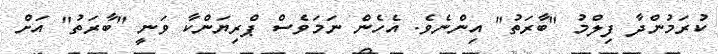
ކުރަމުންދާ ފިލްމު "ބާރަތު" އިންނެވެ. އެހެން ނަމަވެސް ޕްރިޔަންކާ ވަނީ "ބާރަތު" އަށް